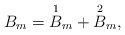
\begin{align*} B_m=\overset{1}{B}_m+\overset{2}{B}_m,\end{align*}